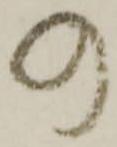
の